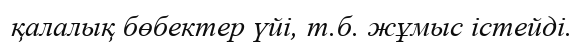
қалалық бөбектер үйі, т.б. жұмыс істейді.